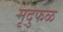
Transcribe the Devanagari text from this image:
मृदुफळ